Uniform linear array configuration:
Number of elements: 48
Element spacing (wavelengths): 0.75
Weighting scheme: hamming
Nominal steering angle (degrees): -30
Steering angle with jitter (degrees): -30.097
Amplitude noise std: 0.05
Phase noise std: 0.05

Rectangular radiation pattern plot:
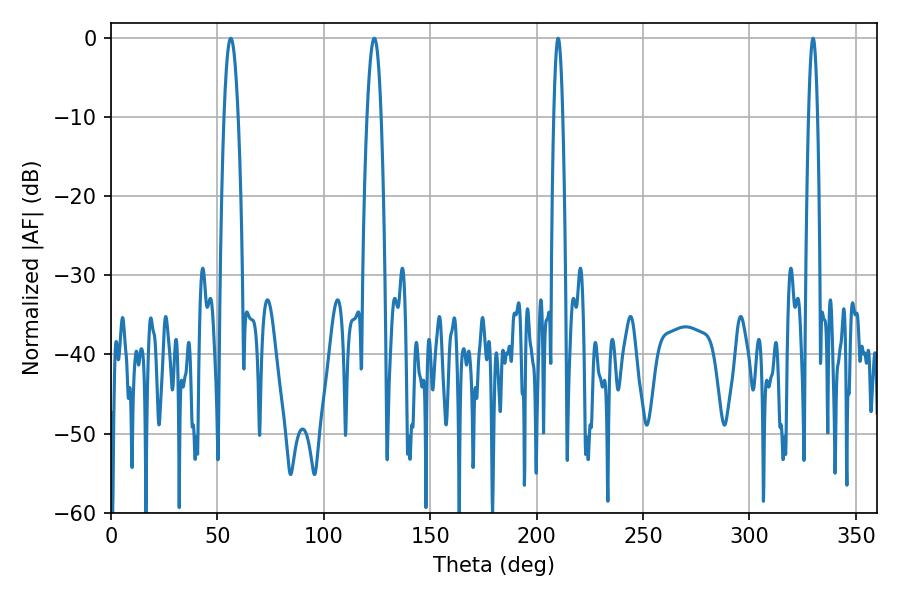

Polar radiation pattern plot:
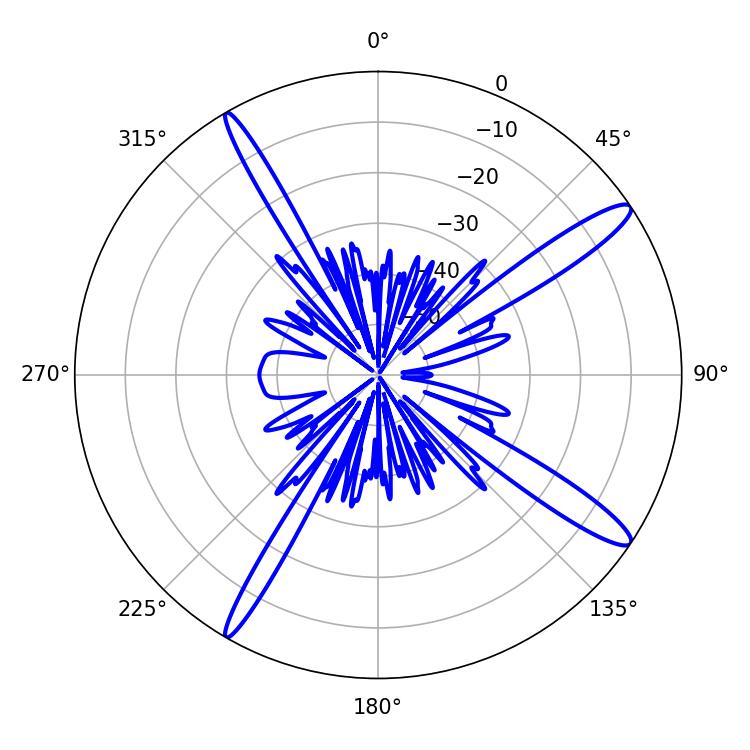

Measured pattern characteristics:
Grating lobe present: TRUE
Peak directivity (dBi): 14.513
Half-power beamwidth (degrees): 3.6
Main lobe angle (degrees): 56.34